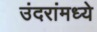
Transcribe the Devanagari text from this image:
उंदरांमध्ये